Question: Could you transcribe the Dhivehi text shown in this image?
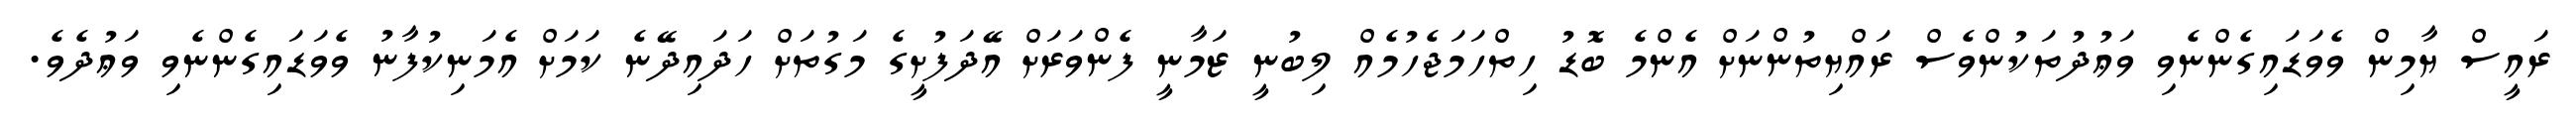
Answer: ރައީސް ޔާމިން ވެވަޑައިގެންނެވި ވަޢުދުތަކުންވެސް ރައްޔިތުންނަށް އެންމެ ބޮޑު ހިތްހަމަޖެހުމެއް ލިބުނީ ޒަމާނީ ފެންވަރަށް އޭދަފުށީގެ މަގުތަށް ހަދައިދޭނެ ކަމަށް އެމަނިކުފާނު ވެވަޑައިގެންނެވި ވަޢުދެވެ.